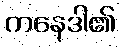
ကနေဒါ၏